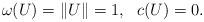
LaTeX: \begin{align*}\omega(U) = \|U \|=1, ~~c(U)=0.\end{align*}